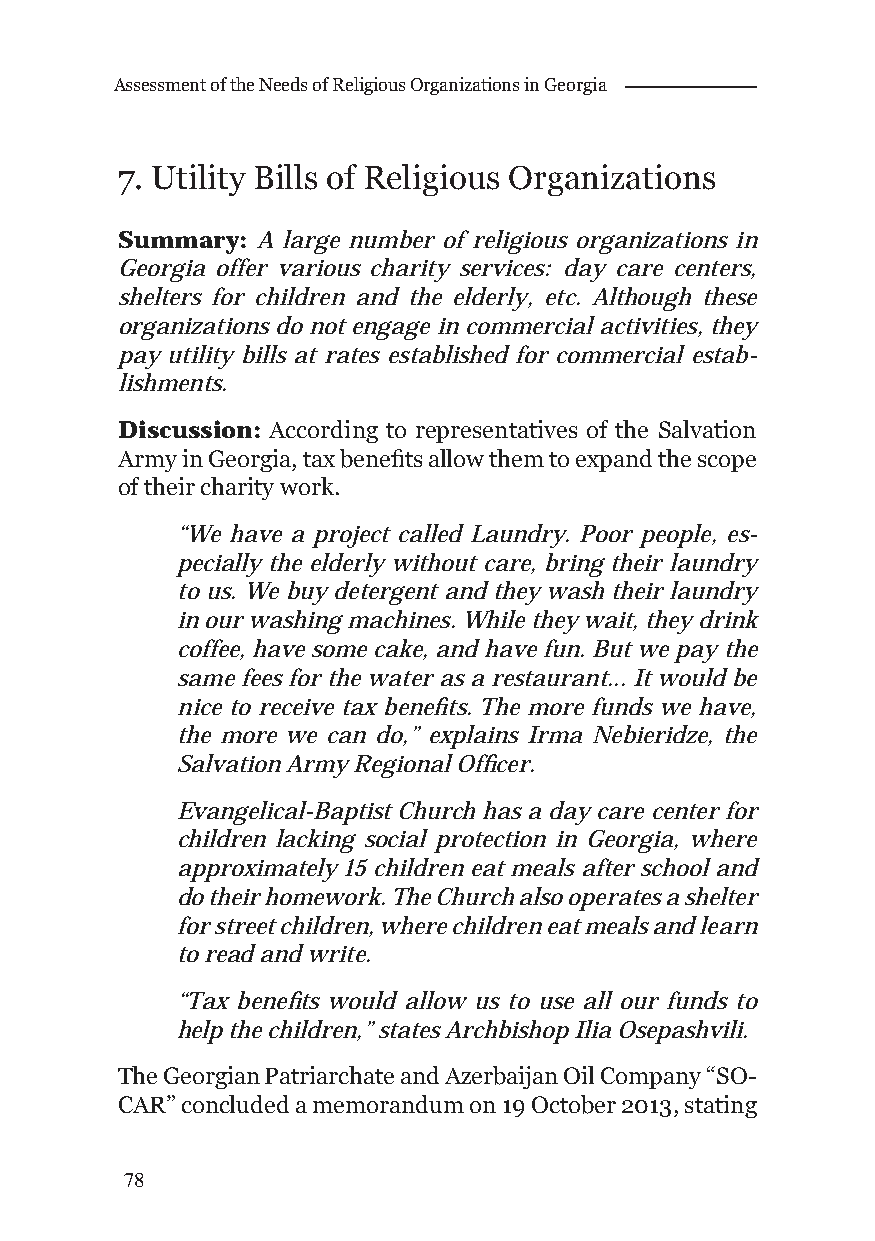
Assessment of the Needs of Religious Organizations in Georgia
 7. Utility Bills of Religious Organizations
 Summary: A large number of religious organizations in
 Georgia offer various charity services: day care centers,
 shelters for children and the elderly, etc. Although these
 organizations do not engage in commercial activities, they
 pay utility bills at rates established for commercial estab-
 lishments.
 Discussion: According to representatives of the Salvation
 Army in Georgia, tax benefi ts allow them to expand the scope
 of their charity work.
 “We have a project called Laundry. Poor people, es-
 pecially the elderly without care, bring their laundry
 to us. We buy detergent and they wash their laundry
 in our washing machines. While they wait, they drink
 coffee, have some cake, and have fun. But we pay the
 same fees for the water as a restaurant... It would be
 nice to receive tax benefi ts. The more funds we have,
 the more we can do,” explains Irma Nebieridze, the
 Salvation Army Regional Offi cer.
 Evangelical-Baptist Church has a day care center for
 children lacking social protection in Georgia, where
 approximately 15 children eat meals after school and
 do their homework. The Church also operates a shelter
 for street children, where children eat meals and learn
 to read and write.
 “Tax benefi ts would allow us to use all our funds to
 help the children,” states Archbishop Ilia Osepashvili.
 The Georgian Patriarchate and Azerbaijan Oil Company “SO-
 CAR” concluded a memorandum on 19 October 2013, stating
 78